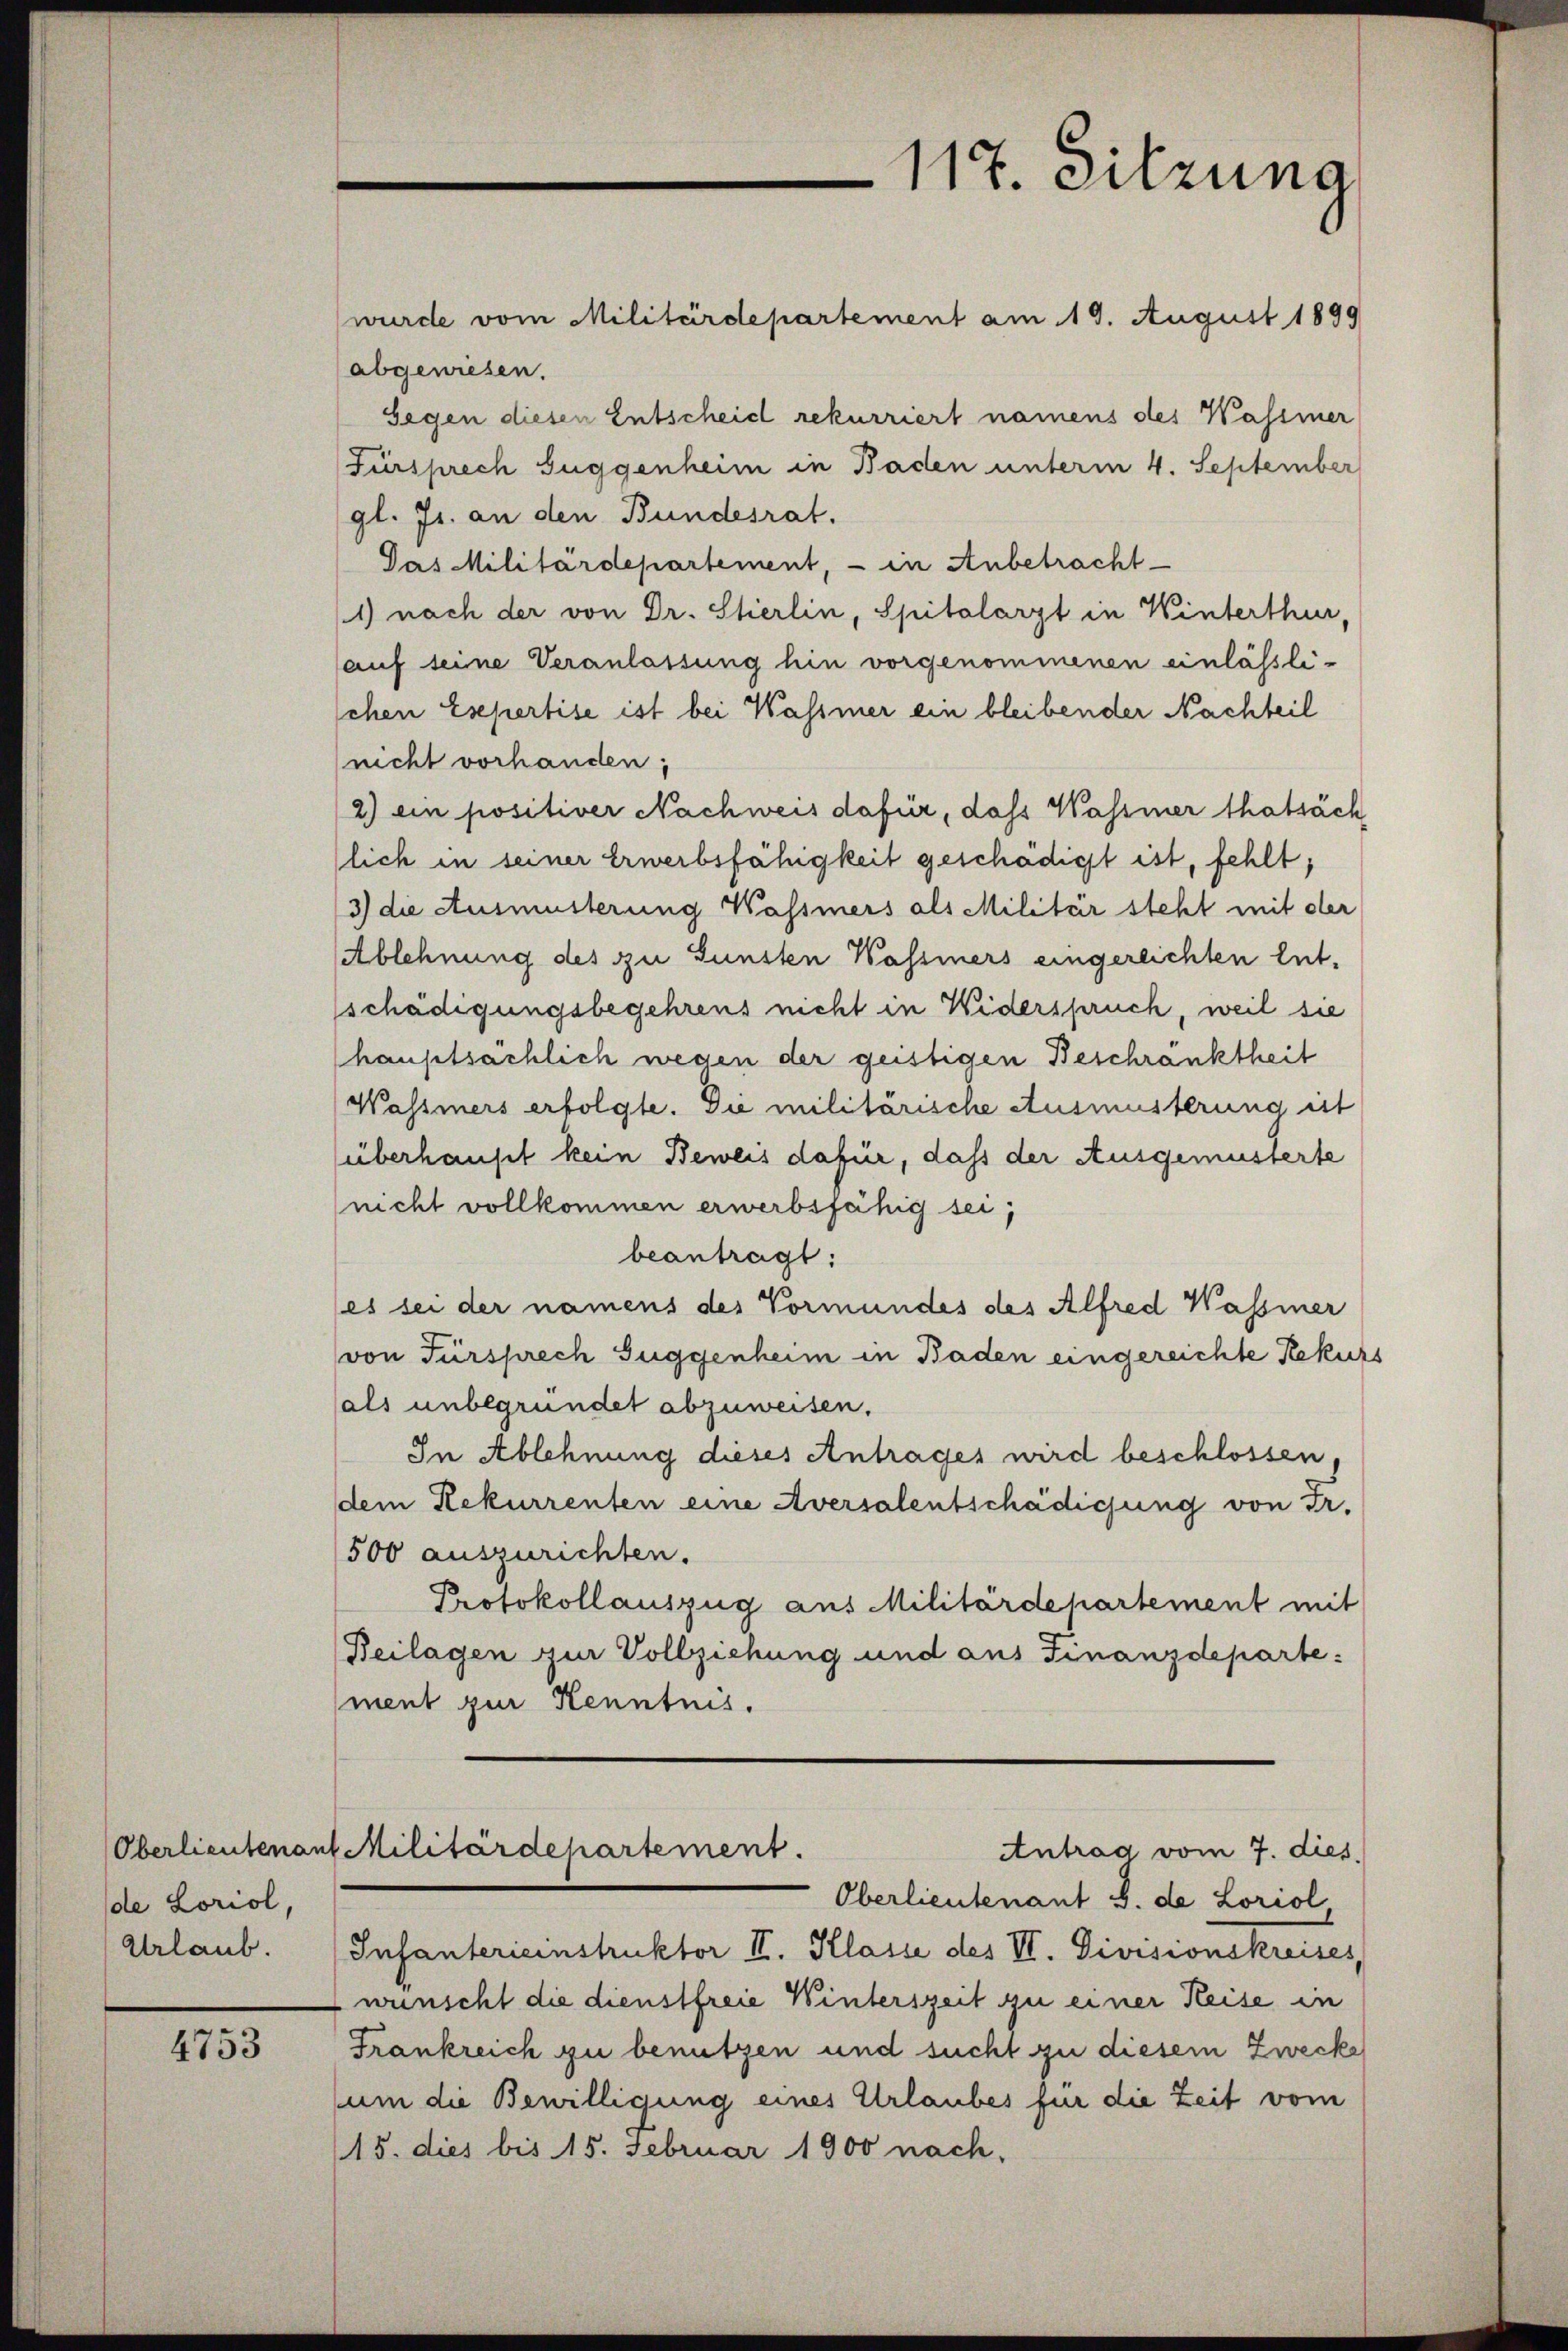
de Loriol,
Urlaub.

4753

wurde vom Militärdepartement am 19. August 1899
abgewiesen.
Gegen diesen Entscheid rekurriert namens des Wassier
(Fürsprech Zuggenheim in Baden unterm 4. September
gl. Js. an den Bundesrat.
Das Militärdepartement, - in Anbetracht
1) nach der von Dr. Stierlin, Spitalarzt in Winterthur,
auf seine Veranlassung hin vorgenommenen einlässlischen Esepertise ist bei Wasser ein bleibender Nachteil
nicht vorhanden;
2) ein positiver Nachweis dafür, dass Wasser thatsäch
lich in seiner Erwerbsfähigkeit geschädigt ist, fehlt,
3) die Ausmüsterung Wassers als Militär steht mit der
Ablehnung des zu Gunsten Wassers eingereichten Entschädigungsbegehrens nicht in Widerspruch, weil sie
hauptsächlich wegen der geistigen Beschränktheit
Wassers erfolgte. Die militärische Ausmusterung ist
überhaupt kein Beweis dafür, dass der Ausgemüsterte
(nicht vollkommen erwerbsfähig sei,
beantragt:
(es sei der namens des Vormundes des Alfred Wassier
von Fürsprech Suggenheim in Baden eingereichte Rekurs
sals unbegründet abzuweisen.
In Ablehnung dieses Antrages wird beschlossen.
dem Rekurrenten eine Aversalentschädigung von Fr.
500 auszurichten.
Protokollauszug aus Militärdepartement mit
Beilagen zur Vollziehung und aus Finanzdeparte:
ment zur Kenntnis.

117. Sitzung

Oberlieutenant Militärdepartement.
Antrag vom 7. dies
Oberlieutenant S. de Loriol,

Infanterieinstruktor II. Klasse des VI. Divisionskreises
wünscht die dienstfreie Winterszeit zu einer Heise in
Frankreich zu benutzen und sucht zu diesem Zwecke
sum die Bewilligung eines Urlaubes für die Zeit vom
(15. dies bis 15. Februar 1900 nach.